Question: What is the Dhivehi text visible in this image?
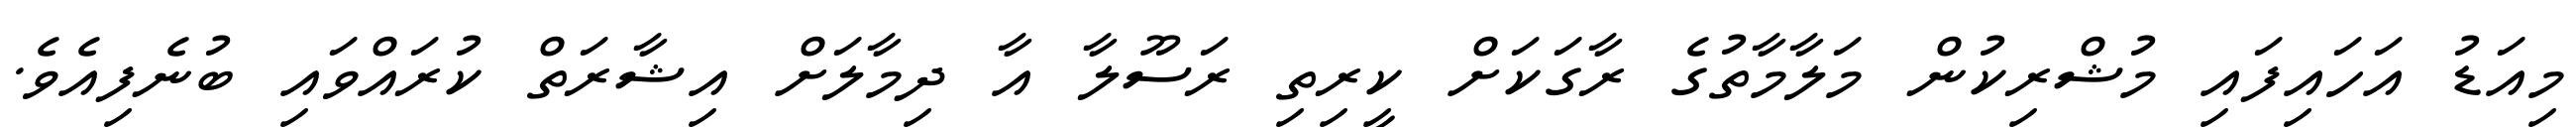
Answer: މިއަޑު އަހައިފައި މުޝްރިކުން މަލާމާތުގެ ރާގަކަށް ކީރިތި ރަސޫލާ އާ ދިމާލަށް އިޝާރަތް ކުރައްވައި ބުނެފިއެވެ.